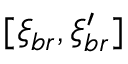
[ \xi _ { b r } , \xi _ { b r } ^ { \prime } ]